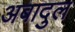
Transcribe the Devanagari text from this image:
अबादुल